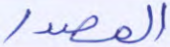
المصدر